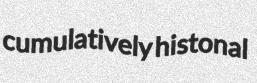
cumulatively histonal